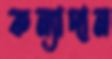
কন্যাদান